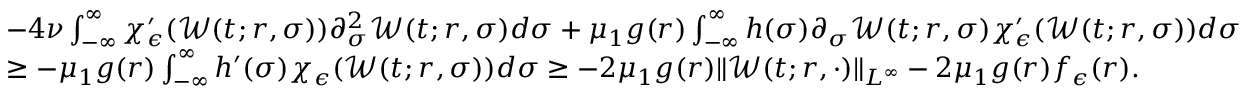
\begin{array} { r l } & { - 4 \nu \int _ { - \infty } ^ { \infty } \chi _ { \epsilon } ^ { \prime } ( \mathcal { W } ( t ; r , \sigma ) ) \partial _ { \sigma } ^ { 2 } \mathcal { W } ( t ; r , \sigma ) d \sigma + \mu _ { 1 } g ( r ) \int _ { - \infty } ^ { \infty } h ( \sigma ) \partial _ { \sigma } \mathcal { W } ( t ; r , \sigma ) \chi _ { \epsilon } ^ { \prime } ( \mathcal { W } ( t ; r , \sigma ) ) d \sigma } \\ & { \geq - \mu _ { 1 } g ( r ) \int _ { - \infty } ^ { \infty } h ^ { \prime } ( \sigma ) \chi _ { \epsilon } ( \mathcal { W } ( t ; r , \sigma ) ) d \sigma \geq - 2 \mu _ { 1 } g ( r ) \| \mathcal { W } ( t ; r , \cdot ) \| _ { L ^ { \infty } } - 2 \mu _ { 1 } g ( r ) f _ { \epsilon } ( r ) . } \end{array}